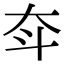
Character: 𡗴